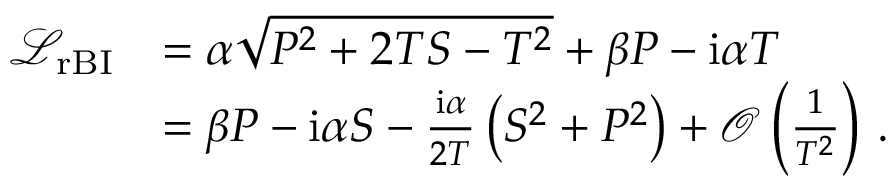
\begin{array} { r l } { \mathcal { L } _ { \mathrm { r B I } } } & { = \alpha \sqrt { P ^ { 2 } + 2 T S - T ^ { 2 } } + \beta P - \mathrm { i } \alpha T \, } \\ & { = \beta P - \mathrm { i } \alpha S - \frac { \mathrm { i } \alpha } { 2 T } \left( S ^ { 2 } + P ^ { 2 } \right) + \mathcal { O } \left( \frac { 1 } { T ^ { 2 } } \right) \, . } \end{array}